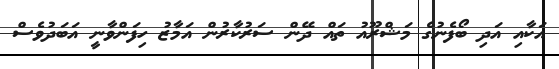
އަކާއި އަދި ބޯފެނުގެ މަޝްރޫއު ތައް ދޭން ސަރުކާރުން އަމާޒު ހިފަންވާނީ އަބަދުވެސް